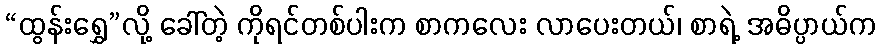
“ထွန်းရွှေ”လို့ ခေါ်တဲ့ ကိုရင်တစ်ပါးက စာကလေး လာပေးတယ်၊ စာရဲ့ အဓိပ္ပာယ်က